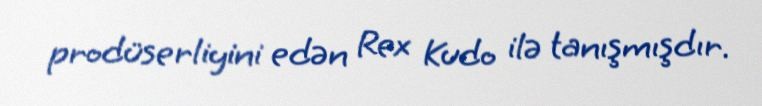
prodüserliyini edən Rex Kudo ilə tanışmışdır.